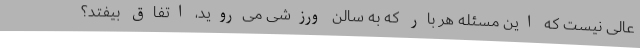
عالی نیست که این مسئله هر بار که به سالن ورزشی می‌روید، اتفاق بیفتد؟